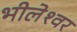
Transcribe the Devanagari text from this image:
भीलेश्‍वर